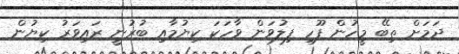
ދަމަށް ތިބޭ މީހުން ފޫހި ފިލުވަން ވާހަކަ ކިޔުމާއި ބުރުނީ ރައިވަރު ކިޔުން